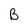
Character: B